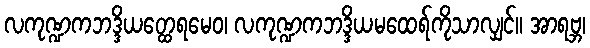
လကုဏ္ဍကဘဒ္ဒိယတ္ထေရမေဝ၊ လကုဏ္ဍကဘဒ္ဒိယမထေရ်ကိုသာလျှင်။ အာရဗ္ဘ၊